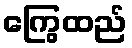
ကြွေထည်